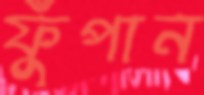
ফুঁপান